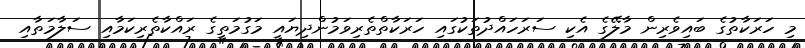
މި ހަރަކާތުގެ ބައިވެރިން މާލޭގެ އެކި ސަރަހައްދުތަކުގައި ހަރަކާތްތެރިވަމުންދިޔައީ މަގުމަތީގެ ރައްކާތެރިކަމާއި ސަލާމަތާއި